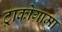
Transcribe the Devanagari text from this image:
ट्राकोग्रामा